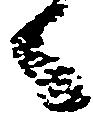
々